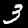
Digit: 3